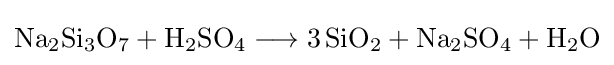
{\mathrm {Na} {\vphantom {A}}_{\smash[{t}]{2}}\mathrm {Si} {\vphantom {A}}_{\smash[{t}]{3}}\mathrm {O} {\vphantom {A}}_{\smash[{t}]{7}}{}+{}\mathrm {H} {\vphantom {A}}_{\smash[{t}]{2}}\mathrm {SO} {\vphantom {A}}_{\smash[{t}]{4}}{}\mathrel {\longrightarrow } {}3\,\mathrm {SiO} {\vphantom {A}}_{\smash[{t}]{2}}{}+{}\mathrm {Na} {\vphantom {A}}_{\smash[{t}]{2}}\mathrm {SO} {\vphantom {A}}_{\smash[{t}]{4}}{}+{}\mathrm {H} {\vphantom {A}}_{\smash[{t}]{2}}\mathrm {O} }